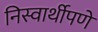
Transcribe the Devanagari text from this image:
निस्वार्थीपणे